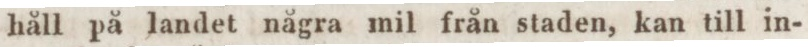
håll på landet några mil från staden, kan till in-